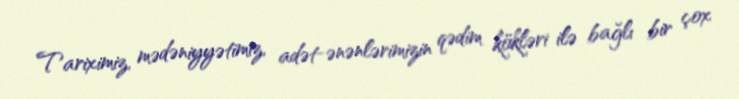
Tariximiz, mədəniyyətimiz, adət-ənənlərimizin qədim kökləri ilə bağlı bir çox